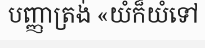
បញ្ញាត្រង់ «យំក៏យំទៅ